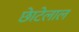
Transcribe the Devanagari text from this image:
छाेटेलाल